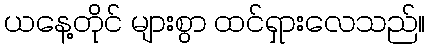
ယနေ့တိုင် များစွာ ထင်ရှားလေသည်။